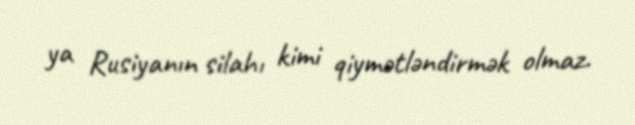
ya Rusiyanın silahı kimi qiymətləndirmək olmaz.